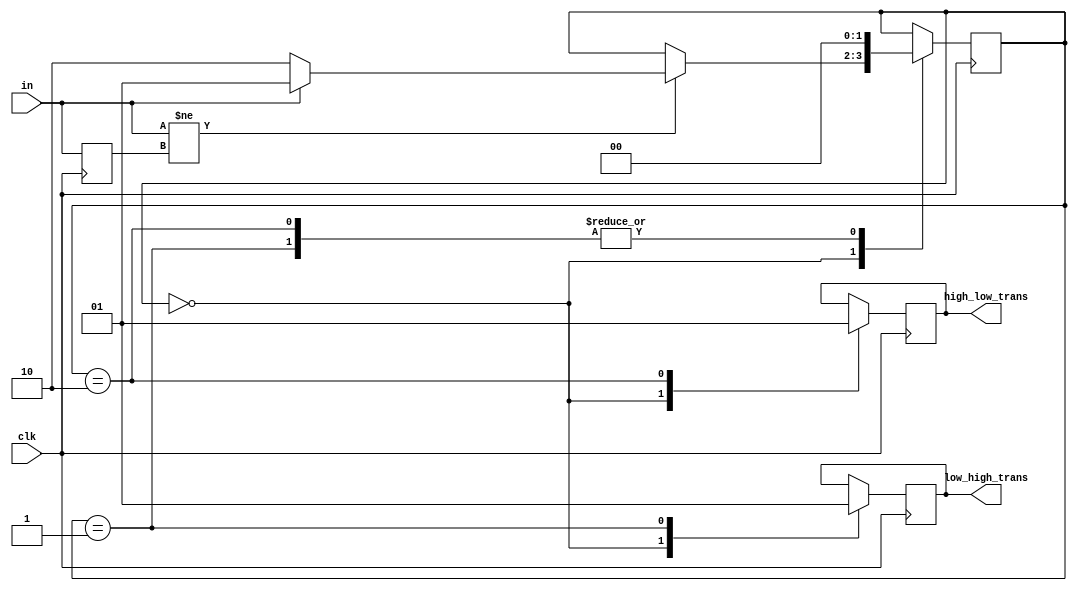
module fsm_transition_detect
	(
		input clk,
		input in,
		output low_high_trans,
		output high_low_trans
	);
	
	parameter IDLE = 2'b00;
	parameter LH   = 2'b01;
	parameter HL   = 2'b10;
	
	reg [1:0] state, state_nxt;
	reg in_delay;
	reg low_high_trans_ff, low_high_trans_nxt;
	reg high_low_trans_ff, high_low_trans_nxt;
	
	always @(*) begin
		state_nxt = state;
		low_high_trans_nxt = low_high_trans_ff;
		high_low_trans_nxt = high_low_trans_ff;
		case (state)
			IDLE:
				begin
					low_high_trans_nxt = 1'b0;
					high_low_trans_nxt = 1'b0;
					if (in != in_delay) begin
						if (in) begin
							state_nxt = LH;
						end
						else begin
							state_nxt = HL;
						end
					end
				end
			LH:
				begin
					low_high_trans_nxt = 1'b1;
					state_nxt = IDLE;
				end
			HL:
				begin
					high_low_trans_nxt = 1'b1;
					state_nxt = IDLE;
				end
		endcase
	end
	
	always @(posedge clk) begin
		state <= state_nxt;
		low_high_trans_ff <= low_high_trans_nxt;
		high_low_trans_ff <= high_low_trans_nxt;
		in_delay <= in;
	end
	
	assign low_high_trans = low_high_trans_ff;
	assign high_low_trans = high_low_trans_ff;
	
endmodule